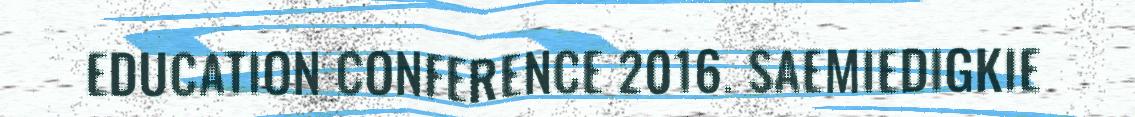
EDUCATION CONFERENCE 2016. SAEMIEDIGKIE